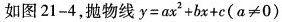
如图21-4，抛物线y=ax2+bx+c(α≠0)